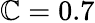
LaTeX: \mathbb{C}=0.7